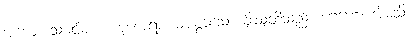
အယျေ၊ သခင်မ။ ဗဟူစောရာ၊ များစွာသော ခိုးသူတို့သည်။ ဂေဟေ၊ အိမ်သို့။